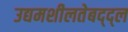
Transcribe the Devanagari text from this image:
उद्यमशीलतेबद्द्ल